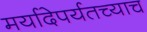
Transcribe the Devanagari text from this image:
मर्यादेपर्यतच्याच